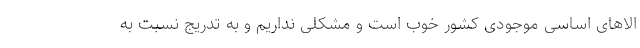
الاهای اساسی موجودی کشور خوب است و مشکلی نداریم و به تدریج نسبت به